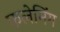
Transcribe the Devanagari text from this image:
फलेमिंग